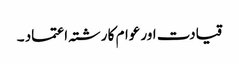
قیادت اور عوام کا رشتہ اعتماد ۔